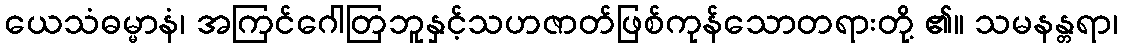
ယေသံဓမ္မာနံ၊ အကြင်ဂေါတြဘူနှင့်သဟဇာတ်ဖြစ်ကုန်သောတရားတို့ ၏။ သမနန္တရာ၊